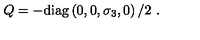
Q = - \mathrm { d i a g } \left( 0 , 0 , \sigma _ { 3 } , 0 \right) / 2 \ .